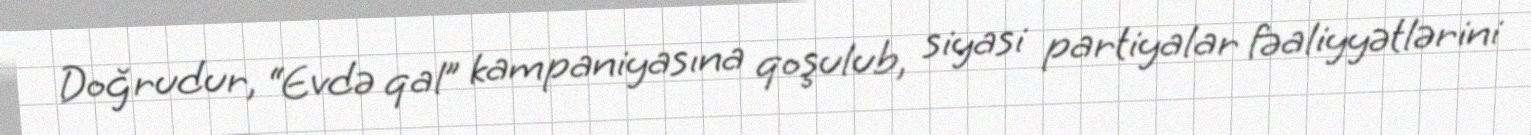
Doğrudur, “Evdə qal” kampaniyasına qoşulub, siyasi partiyalar fəaliyyətlərini